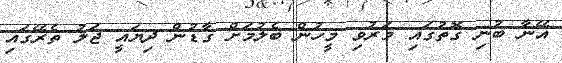
އޭނާ ބުނި ގޮތުގައި މަރުވި މީހުން ބެލުމަށް ގާޑުން ދިޔައީ ޖަލު ތެރޭގައި